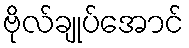
ဗိုလ်ချုပ်အောင်